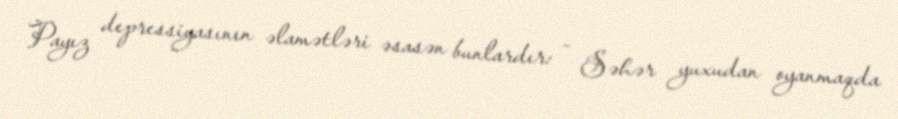
Payız depressiyasının əlamətləri əsasən bunlardır: - Səhər yuxudan oyanmaqda